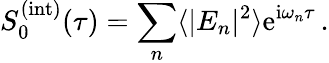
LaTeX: S_{0}^{(\mathrm{int})}(\tau)=\sum_{n}\langle|E_{n}|^{2}\rangle\mathrm{e}^{\mathrm{i}\omega_{n}\tau}\, .